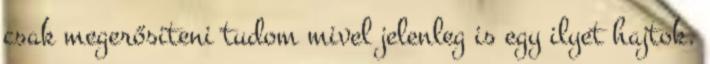
csak megerősiteni tudom mivel jelenleg is egy ilyet hajtok.